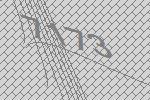
7173